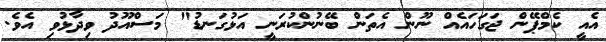
އެއީ ކެމްޕޭން ޖަގަހައެއް ނޫން އެތަން ބޭނުންކުރަނީ އަޅުގަނޑު" މަސްއޫދު ވިދާޅުވި އެވެ.